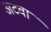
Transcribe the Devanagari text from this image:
अटवा